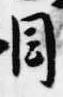
目